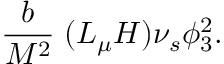
\frac b { M ^ { 2 } } \; ( L _ { \mu } H ) \nu _ { s } \phi _ { 3 } ^ { 2 } .